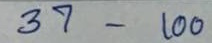
37 - 100